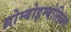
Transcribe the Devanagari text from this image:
थ्रोम्बोइम्बोलिज्म